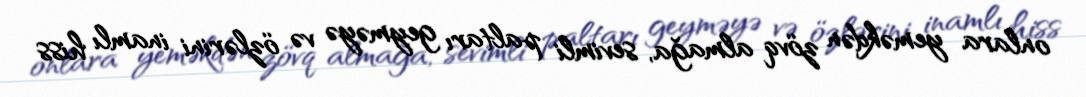
onlara yeməkdən zövq almağa, sevimli paltarı geyməyə və özlərini inamlı hiss